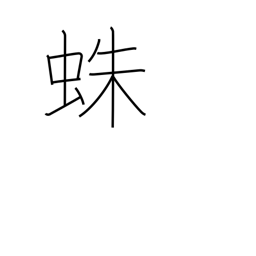
Meaning: spider